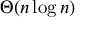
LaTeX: \Theta ( n \log n )